Lunatic asylums Bombay report 1878-1890 - 1878-1890
Year: 1878
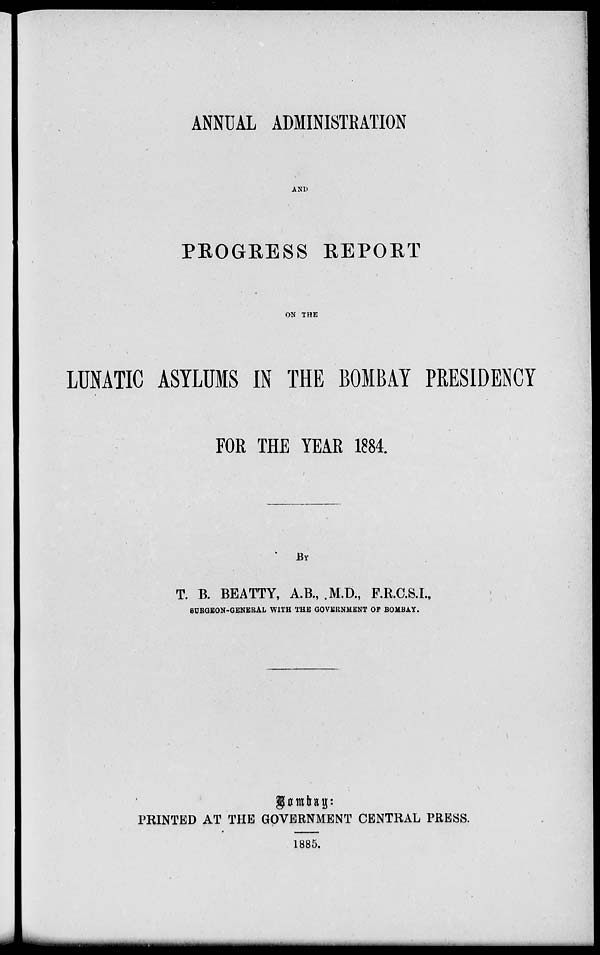
ANNUAL ADMINISTRATION
AND
PROGRESS REPORT
ON THE
LUNATIC ASYLUMS IN THE BOMBAY PRESIDENCY
FOR THE YEAR 1884.
BY
T. B. BEATTY, A.B., .M.D., F.R.C.S.I.,
SURGEON-GENERAL WITH THE GOVERNMENT OF BOMBAY.
PRINTED AT THE GOVERNMENT CENTRAL PRESS.
1885.